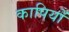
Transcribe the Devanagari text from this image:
कापियों